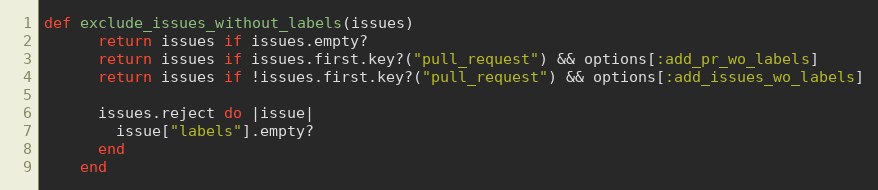
Language: Ruby
def exclude_issues_without_labels(issues)
      return issues if issues.empty?
      return issues if issues.first.key?("pull_request") && options[:add_pr_wo_labels]
      return issues if !issues.first.key?("pull_request") && options[:add_issues_wo_labels]

      issues.reject do |issue|
        issue["labels"].empty?
      end
    end